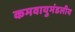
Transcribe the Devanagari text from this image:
कमवायुमंडलीय